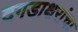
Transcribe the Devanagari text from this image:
दगडाक्षरांचा